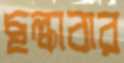
ছল্‌কাবার